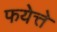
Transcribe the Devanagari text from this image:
फयेत्ते